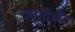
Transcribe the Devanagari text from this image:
जातिर्नैव